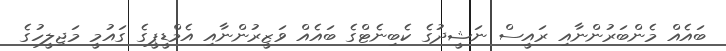
ބައެއް މެންބަރުންނާއި ރައީސް ނަޝީދުގެ ކެބިނެޓްގެ ބައެއް ވަޒީރުންނާއި އެމްޑީޕީގެ ގައުމީ މަޖިލީހުގެ